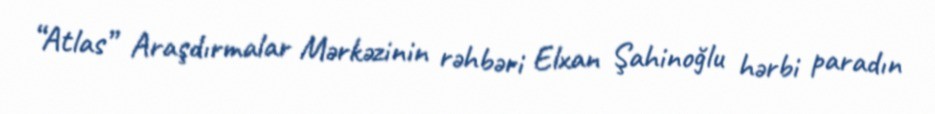
“Atlas” Araşdırmalar Mərkəzinin rəhbəri Elxan Şahinoğlu hərbi paradın